Vaccination in Burma 1900-1911 - 1900-1911
Year: 1900
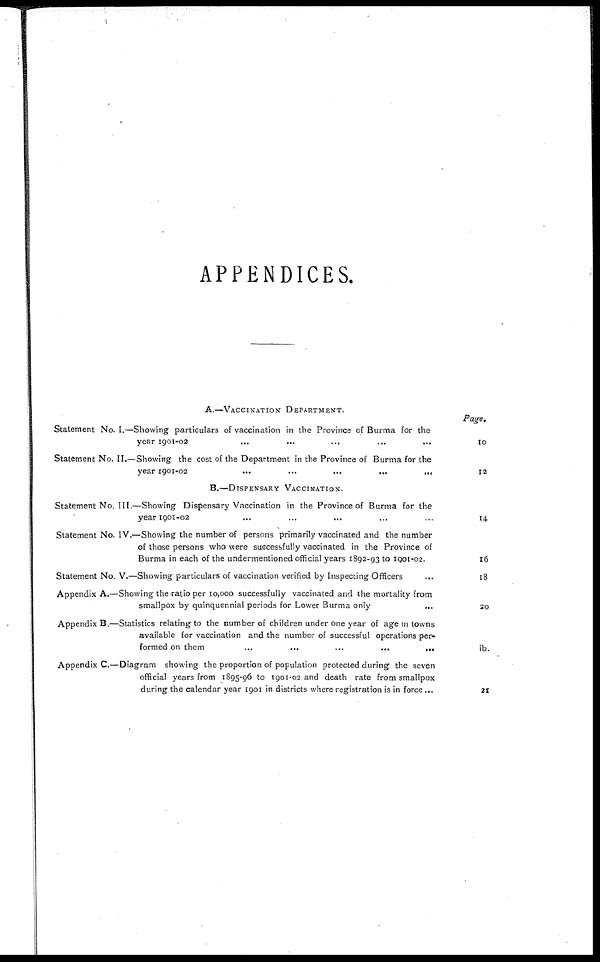
APPENDICES.
A.—VACCINATION DEPARTMENT.
Statement No. I.—
Statement No. II.—
Showing particulars of vaccination in the Province of Burma for the
year 1901-02 ... ... ... ... ...
Showing the cost of the Department in the Province of Burma for the
year 1901-02
...
...
...
...
...
Page.
10
12
B.—DISPENSARY VACCINATION.
Statement No. III.—
Statement No. IV.—
Statement No.V.—
Appendix A.—
Appendix B.—
Appendix C—
Showing Dispensary Vaccination in the Province of Burma for the
year 1901-02 ... ... ... ... ...
Showing the number of persons primarily vaccinated and the number
of those persons who were successfully vaccinated in the Province of
Burma in each of the undermentioned official years 1892-93 to 1901-02.
Showing particulars of vaccination verified by Inspecting Officers
...
Showing the ratio per 10,000 successfully vaccinated and the mortality from
smallpox by quinquennial periods for Lower Burma only ...
Statistics relating to the number of children under one year of age in towns
available for vaccination and the number of successful operations per-
formed on them
...
...
...
...
...
Diagram showing the proportion of population protected during the seven
official years from 1895-96 to 1901-02 and death rate from smallpox
during the calendar year 1901 in districts where registration is in force...
14
16
18
20
ib.
21